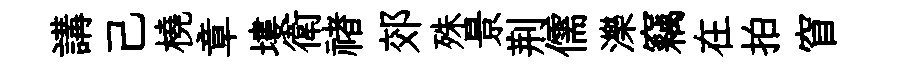
講己橈章塿衛禇郊殊景荆儒濼竊在拍窅